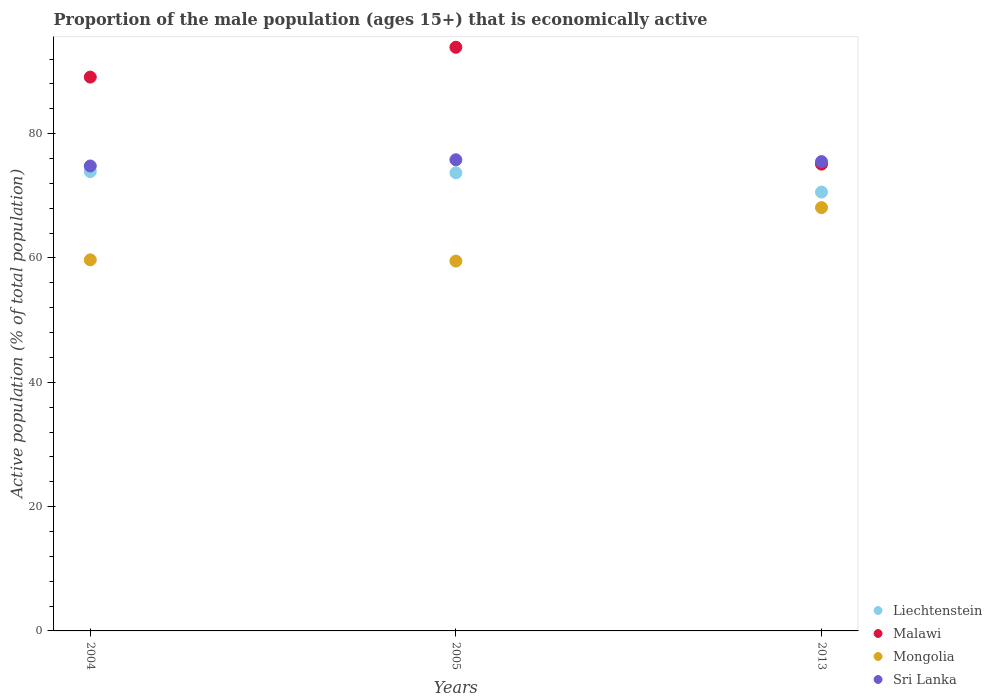
| Years | Liechtenstein | Malawi | Mongolia | Sri Lanka |
 | --- | --- | --- | --- | --- |
 | 2004 | 73.9 | 89.1 | 59.7 | 74.8 |
 | 2005 | 73.7 | 93.9 | 59.5 | 75.8 |
 | 2013 | 70.6 | 75.1 | 68.1 | 75.5 |